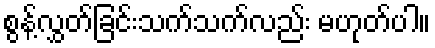
စွန့်လွှတ်ခြင်းသက်သက်လည်း မဟုတ်ပါ။